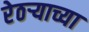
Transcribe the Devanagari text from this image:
रेठर्‍याच्या